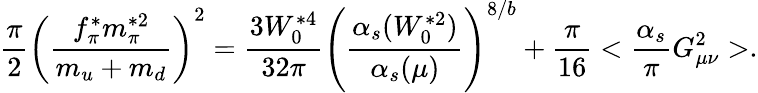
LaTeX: \frac{\pi}{2}\left(\frac{f_{\pi}^{*}m_{\pi}^{*2}}{m_{u}+m_{d}}\right)^{2}=\frac{3W_{0}^{*4}}{32\pi}\left(\frac{\alpha_{s}(W_{0}^{*2})}{\alpha_{s}(\mu)}\right)^{8/b}+\frac{\pi}{16}<\frac{\alpha_{s}}{\pi}G_{\mu\nu}^{2}>.